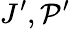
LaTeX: J^{\prime},\mathcal{P}^{\prime}